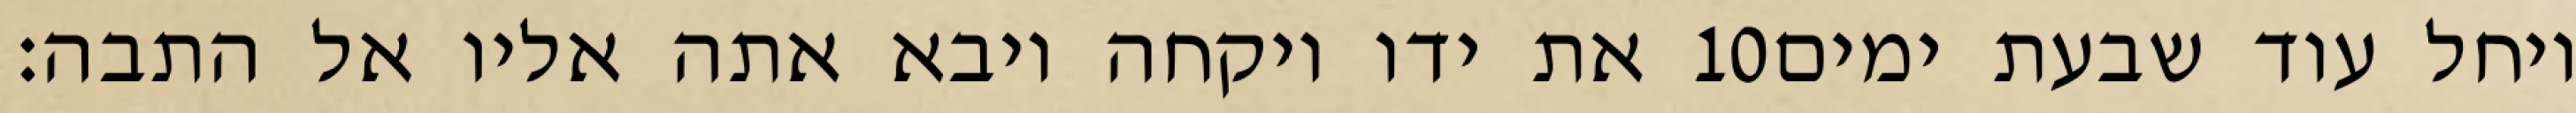
את ידו ויקחה ויבא אתה אליו אל התבה׃ ‎10‏ ויחל עוד שבעת ימים